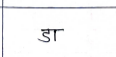
मजकूर: डा